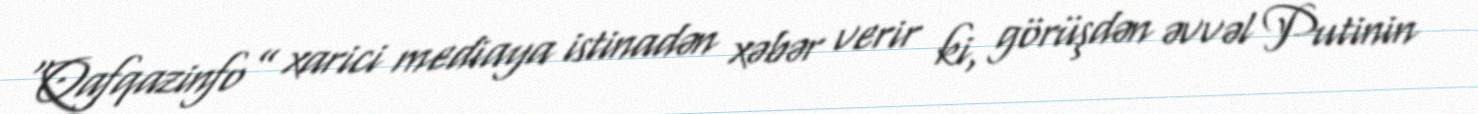
“Qafqazinfo” xarici mediaya istinadən xəbər verir ki, görüşdən əvvəl Putinin